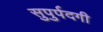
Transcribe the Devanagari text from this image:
सुपुर्पदगी